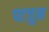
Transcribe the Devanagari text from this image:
पटवुन